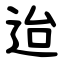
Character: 迨